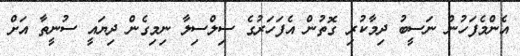
އެންމެފަހުން ނަސީބު ދިމާކުރި ގޮތުން އެފަހަރުގެ ސިލްސިލާ ނިމިގެން ދިޔައީ ސުނީތާ އަށް